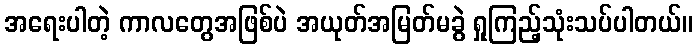
အရေးပါတဲ့ ကာလတွေအဖြစ်ပဲ အယုတ်အမြတ်မခွဲ ရှုကြည့်သုံးသပ်ပါတယ်။